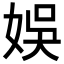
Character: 娛